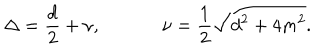
LaTeX: \Delta = { \frac { d } { 2 } } + \nu , ~ \nu = { \frac { 1 } { 2 } } \sqrt { d ^ { 2 } + 4 m ^ { 2 } } .